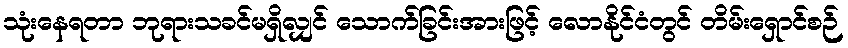
သုံးနေရတာ ဘုရားသခင်မရှိလျှင် သောက်ခြင်းအားဖြင့် လောနိုင်ငံတွင် တိမ်းရှောင်စဉ်